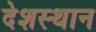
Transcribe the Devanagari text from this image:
देशस्थान